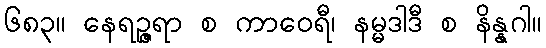
၆၈၃။ နေရဉ္ဇရာ စ ကာဝေရီ၊ နမ္မဒါဒီ စ နိန္နဂါ။